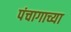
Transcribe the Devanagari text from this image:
पंचागाच्या